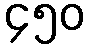
၄၅၀